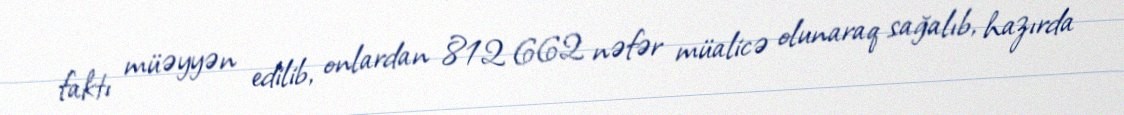
faktı müəyyən edilib, onlardan 812 662 nəfər müalicə olunaraq sağalıb, hazırda